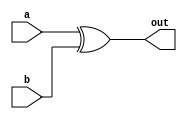
module xor_gate (
    input wire a,
    input wire b,
    output reg out
);

always @(a, b)
begin
    out = a ^ b;
end

endmodule